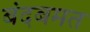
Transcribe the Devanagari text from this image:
बंदबमत